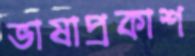
ভাষাপ্রকাশ